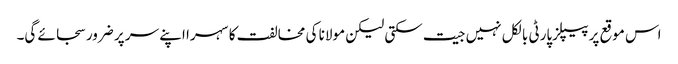
اس موقع پر پیپلزپارٹی بالکل نہیں جیت سکتی لیکن مولانا کی مخالفت کا سہرا اپنے سر پر ضرور سجائے گی۔